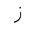
Letter: _zay